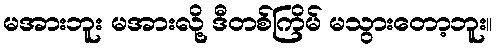
မအားဘူး မအားလို့ ဒီတစ်ကြိမ် မသွားတော့ဘူး။